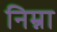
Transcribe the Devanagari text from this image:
निम्ना